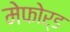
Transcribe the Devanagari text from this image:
मेफोर्ड